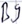
Text: B9